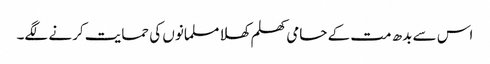
اس سے بدھ مت کے حامی کھلم کھلا مسلمانوں کی حمایت کرنے لگے۔